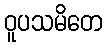
ဝူပသမိတေ